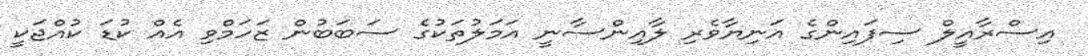
އިސްރާއީލް ސިފައިންގެ އަނިޔާވެރި ލާއިންސާނީ އަމަލުތަކުގެ ސަބަބުން ޒަހަމްވި އެއް ކުޑަ ކުއްޖަކީ